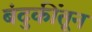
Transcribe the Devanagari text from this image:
बंदुकींतून